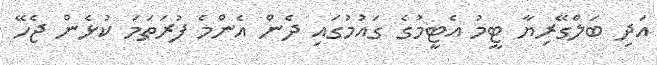
އަދި ބަލްގޭރިޔާ ޓީމު އެޓީމުގެ ގައުމުގައި ދެން އެންމެ ފުރަތަމަ ކުޅެން ޖެހޭ